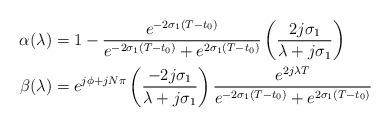
LaTeX: \begin{align*}\alpha(\lambda) &= 1-\frac{e^{-2\sigma_1(T-t_0)}}{e^{-2\sigma_1(T-t_0)}+e^{2\sigma_1(T-t_0)}}\left(\frac{2j\sigma_1}{\lambda+j\sigma_1}\right)\\\beta(\lambda) &=e^{j\phi+jN\pi}\left(\frac{-2j\sigma_1}{\lambda+j\sigma_1}\right)\frac{ e^{2j\lambda T}}{e^{-2\sigma_1(T-t_0)}+e^{2\sigma_1(T-t_0)}}\end{align*}